Report on the lunatic asylums under the Government of Bombay - 1904-1913
Year: 1904
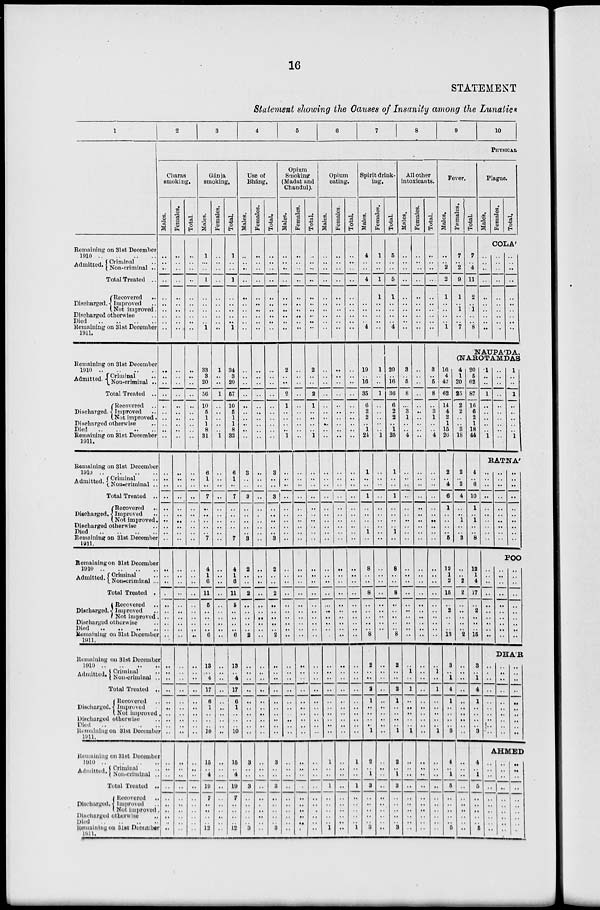
16
STATEMENT
Statement showing the Causes of Insanity among the Lunatics
1
Remaining on 31st December
1910 .. .. ..
Admitted. Criminal ..
Non-criminal ..
Total Treated ..
Discharged.
Recovered
..
Improved ..
Not improved.
Discharged otherwise ..
Died
..
..
..
..
Remaining on 31st December
1911.
Remaining on 31st December
1910 .. .. ..
Admitted. Criminal ..
Non-criminal ..
Total Treated ..
Discharged
Recovered ..
Improved ..
Not improved.
Discharged otherwise ..
Died .. .. .. ..
Remaining on 31st December
1911.
Remaining on 31st December
1910
..
..
..
..
Admitted. Criminal ..
Non-criminal ..
Total Treated ..
Discharged
Recovered ..
Improved ..
Not improved.
Discharged otherwise ..
Died
..
..
..
..
Remaining on 31st December
1911.
Remaining on 31st December
1910
..
..
..
..
Admitted.
Discharged.
Criminal ..
Non-criminal ...
Total Treated .
Recovered ..
Improved ..
Not improved.
Discharged otherwise ..
Died .. .. .. ..
Remaining on 31st December
1911.
Remaining on 31st December
1910
..
..
..
..
Admitted. Criminal
..
Non-Criminal ..
Total Treated ..
Discharged.
Recovered ..
Improved ..
Discharged otherwise ..
Died
..
..
..
..
Remaining on 31st December
1911.
Remaining on 31st December
1910
..
..
..
..
Admitted. Criminal ..
Non-criminal ..
Total Treated ..
Discharge.
Recovered
..
Improved ..
Not improved.
Discharged otherwise ..
Died
..
..
..
..
Remaining on 31st December
19ll.
2
3
4
5
6
7
8
9
10
PHYSICAL
Charas
smoking.
Males.
..
..
..
..
..
..
..
..
..
..
..
..
..
..
..
..
..
..
..
..
..
..
..
..
..
..
..
..
..
..
..
..
..
..
..
..
..
..
..
..
..
..
..
..
..
..
..
..
..
..
..
..
..
..
..
..
..
..
..
..
Females.
..
..
..
..
..
..
..
..
..
..
..
..
..
..
..
..
..
..
..
..
..
..
..
..
..
..
..
..
..
..
..
..
..
..
..
..
..
..
..
..
..
..
..
..
..
..
..
..
..
..
..
..
..
..
..
..
..
..
..
..
Total.
..
..
..
..
..
..
..
..
..
..
..
..
..
..
..
..
..
..
..
..
..
..
..
..
..
..
..
..
..
..
..
..
..
..
..
..
..
..
..
..
..
..
..
..
..
..
..
..
..
..
..
..
..
..
..
..
..
..
..
..
Gánja
smoking.
Males.
1
..
..
1
..
..
..
..
..
1
33
3
20
56
10
5
1
1
8
31
6
1
..
7
..
..
..
..
..
7
4
1
6
11
5
..
..
..
..
6
13
.. 4
17
6
1
..
..
..
10
15
..
4
19
7
..
..
..
..
12
Females.
..
..
..
..
..
..
..
..
..
1
..
..
1
..
..
..
..
..
1
..
..
..
..
..
..
..
..
..
..
..
..
..
..
..
..
..
..
..
..
.. ..
..
..
..
..
..
..
..
..
..
..
..
..
..
..
..
..
Total.
1
..
..
1
..
..
..
..
1
34
3
20
57
10
5
1
1
8
32
6
1
..
7
..
..
..
..
..
7
4
1
6
11
5
..
..
..
..
6
13
.. 4
17
6
1
..
..
..
10
16
..
4
19
7
..
..
..
..
12
Use of
Bháng.
Males.
..
..
..
..
..
..
..
..
..
..
..
..
..
..
..
..
..
..
..
..
3
..
..
3
..
..
..
..
..
3
2
..
..
2
..
..
..
..
..
2
..
..
..
..
..
..
..
..
..
..
3
..
..
3
..
..
..
..
..
3
Females.
..
..
..
..
..
..
..
..
..
..
..
..
..
..
..
..
..
..
..
..
..
..
..
..
..
..
..
..
..
..
..
..
..
..
..
..
..
..
..
..
..
..
..
..
..
..
..
..
..
..
..
..
..
..
..
..
..
..
..
..
Total.
..
..
..
..
..
..
..
..
..
..
..
..
..
..
..
..
..
..
..
..
3
..
..
3
..
..
..
..
..
3
2
..
..
2
..
..
..
..
..
2
..
..
..
..
..
..
..
..
..
..
3
..
..
3
..
..
..
..
..
3
Opium
Smoking
(Madat and
Chandul).
Males.
..
..
..
..
..
..
..
..
..
..
2
..
..
2
1
..
..
..
..
1
..
..
..
..
..
..
..
..
..
..
..
..
..
..
..
..
..
..
..
..
..
..
..
..
..
..
..
..
..
..
..
..
..
..
..
..
..
..
..
..
Females.
..
..
..
..
..
..
..
..
..
..
..
..
..
..
..
..
..
..
..
..
..
..
..
..
..
..
..
..
..
..
..
..
..
..
..
..
..
..
..
..
..
..
..
..
..
..
..
..
..
..
..
..
..
..
..
..
..
..
..
..
Total.
..
..
..
..
..
..
..
..
..
..
2
..
..
2
1
..
..
..
..
1
..
..
..
..
..
..
..
..
..
..
..
..
..
..
..
..
..
..
..
..
..
.. ..
..
..
..
..
..
..
..
..
..
..
..
..
..
..
..
..
..
Opium
eating.
Males.
..
..
..
..
..
..
..
..
..
..
..
..
..
..
..
..
..
..
..
..
..
..
..
..
..
..
..
..
..
..
..
..
..
..
..
..
..
..
..
..
..
..
..
..
..
..
..
..
..
..
1
..
..
1
..
..
..
..
..
1
Females.
..
..
..
..
..
..
..
..
..
..
..
..
..
..
..
..
..
..
..
..
..
..
..
..
..
..
..
..
..
..
..
..
..
..
..
..
..
..
..
..
..
..
..
..
..
..
..
..
..
..
..
..
..
..
..
..
..
..
..
..
Total.
..
..
..
..
..
..
..
..
..
..
..
..
..
..
..
..
..
..
..
..
..
..
..
..
..
..
..
..
..
..
..
..
..
..
..
..
..
..
..
..
..
..
..
..
..
..
..
..
..
..
1
..
..
1
..
..
..
..
..
1
Spirit drink-
ing.
Males.
4
..
..
4
..
..
..
..
..
4
19
..
16
35
6
2
2
..
1
24
1
..
..
1
..
..
..
..
1
..
8
..
..
8
..
..
..
..
..
8
2
..
..
2
1
..
..
..
..
1
2
..
1
3
..
..
..
..
..
3
Females.
1
..
..
1
1
..
..
..
..
..
1
..
..
1
..
..
..
..
1
..
..
..
..
..
..
..
..
..
..
..
..
..
..
..
..
..
..
..
..
..
..
..
..
..
..
..
..
..
..
..
..
..
..
..
..
..
..
..
..
Total.
5
..
..
5
1
4
20
16
36
6
2
2
..
1
25
1
..
..
1
1
..
8
..
..
8
..
..
..
..
..
8
2
..
2
1
..
..
..
..
1
2
..
1
3
..
..
..
..
..
3
All other
intoxicants.
Males.
..
..
..
..
..
..
..
..
..
..
3
..
5
8
...
3
1
..
..
4
..
..
..
..
..
..
..
..
..
..
..
..
..
..
..
..
..
..
..
..
..
1
..
1
..
..
..
..
..
1
..
..
..
..
..
..
..
..
..
..
Females.
..
..
..
..
..
..
..
..
..
..
..
..
..
..
..
..
..
..
..
..
..
..
..
..
..
..
..
..
..
..
..
..
..
..
..
..
..
..
..
..
..
..
..
..
..
..
..
..
..
..
..
..
..
..
..
..
..
..
..
..
Total.
..
..
..
..
..
..
..
..
..
..
3
..
5
8
..
3
1
..
..
4
..
..
..
..
..
..
..
..
..
..
..
..
..
..
..
..
..
..
..
..
..
1
..
1
..
..
..
..
..
1
..
..
..
..
..
..
..
..
..
..
Fever.
Males.
..
.. 2
2
1
..
..
..
..
1
Females.
7
.. 2
9
1
..
1
..
..
7
Total.
7
..
4
11
2
..
1
..
..
8
Plague.
Males.
Females.
Total.
COLA'.
..
..
..
..
..
..
..
..
..
..
..
..
..
..
..
..
..
..
..
..
..
..
..
..
..
..
..
..
..
..
NAUPA'DA,
(NAROTAMDAS
16
4
42
62
14
4
2
1
15
26
2
..
4
6
1
..
..
..
..
5
12
1
2
15
..
2
..
..
..
13
3
.. 1
4
1
..
..
..
..
3
4
..
1
5
..
..
..
..
..
5
4
1
20
25
2
2
..
..
3
18
2
..
2
4
..
..
1
..
..
3
..
..
2
2
..
..
..
..
..
2
..
..
..
..
..
..
..
..
..
..
..
..
..
..
..
..
..
..
..
..
20
5
62
87
16
6
2
1
18
44
1
..
..
1
..
..
..
..
..
1
..
..
..
..
..
..
..
..
..
..
1
..
..
1
..
..
..
..
..
1
RATNA'
4
..
6
10
1
..
1
..
..
8
l2
1
4
17
2
15
..
..
..
..
..
..
..
..
..
..
..
..
..
..
..
..
..
..
..
..
..
..
..
..
..
..
..
..
..
..
POO
..
..
..
..
..
..
..
..
..
..
..
..
..
..
..
..
..
..
..
..
..
..
..
..
..
..
..
..
..
..
DHA'R
3
.. 1
4
1
..
..
..
..
3
..
.. ..
..
..
..
..
..
..
..
..
..
..
..
..
..
..
..
..
..
..
..
..
..
..
..
..
..
..
..
AHMED
4
..
1
5
..
..
..
..
..
5
..
..
..
..
..
..
..
..
..
..
..
..
..
..
..
..
..
..
..
..
..
..
..
..
..
..
..
..
..
..